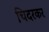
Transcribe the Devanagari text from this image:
चिदरकर